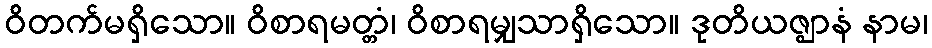
ဝိတက်မရှိသော။ ဝိစာရမတ္တံ၊ ဝိစာရမျှသာရှိသော။ ဒုတိယဇ္ဈာနံ နာမ၊